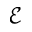
\mathcal { E }